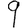
Digit: 9